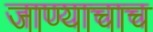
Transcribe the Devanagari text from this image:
जाण्याचाच